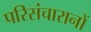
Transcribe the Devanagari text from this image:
परिसंचारानों